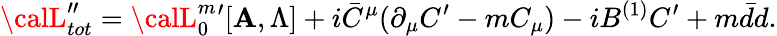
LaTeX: {\calL}_{tot}^{\prime\prime}={\calL}_{0}^{m}{}^{\prime}[\mathbf{A},\Lambda]+i\bar{{C}}^{\mu}(\partial_{\mu}C^{\prime}-mC_{\mu})-iB^{(1)}C^{\prime}+m\bar{{d}}d.